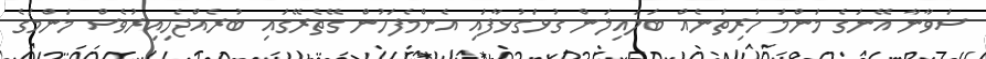
ސަވާނާ އޭނަގެ މަންމަ ހުރިތަނެއް ބަލައިލަން ގުޅަގުޅާފައި އެންމެފަހުން ގޭތެރޭގައި ބުރެއްޖެހިއިރުވެސް މަންމަގެ